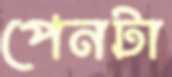
পেনটা